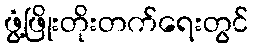
ဖွံ့ဖြိုးတိုးတက်ရေးတွင်